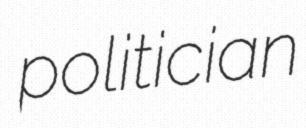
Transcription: politician